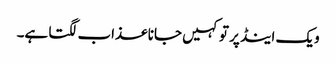
ویک اینڈ پر تو کہیں جانا عذاب لگتا ہے۔